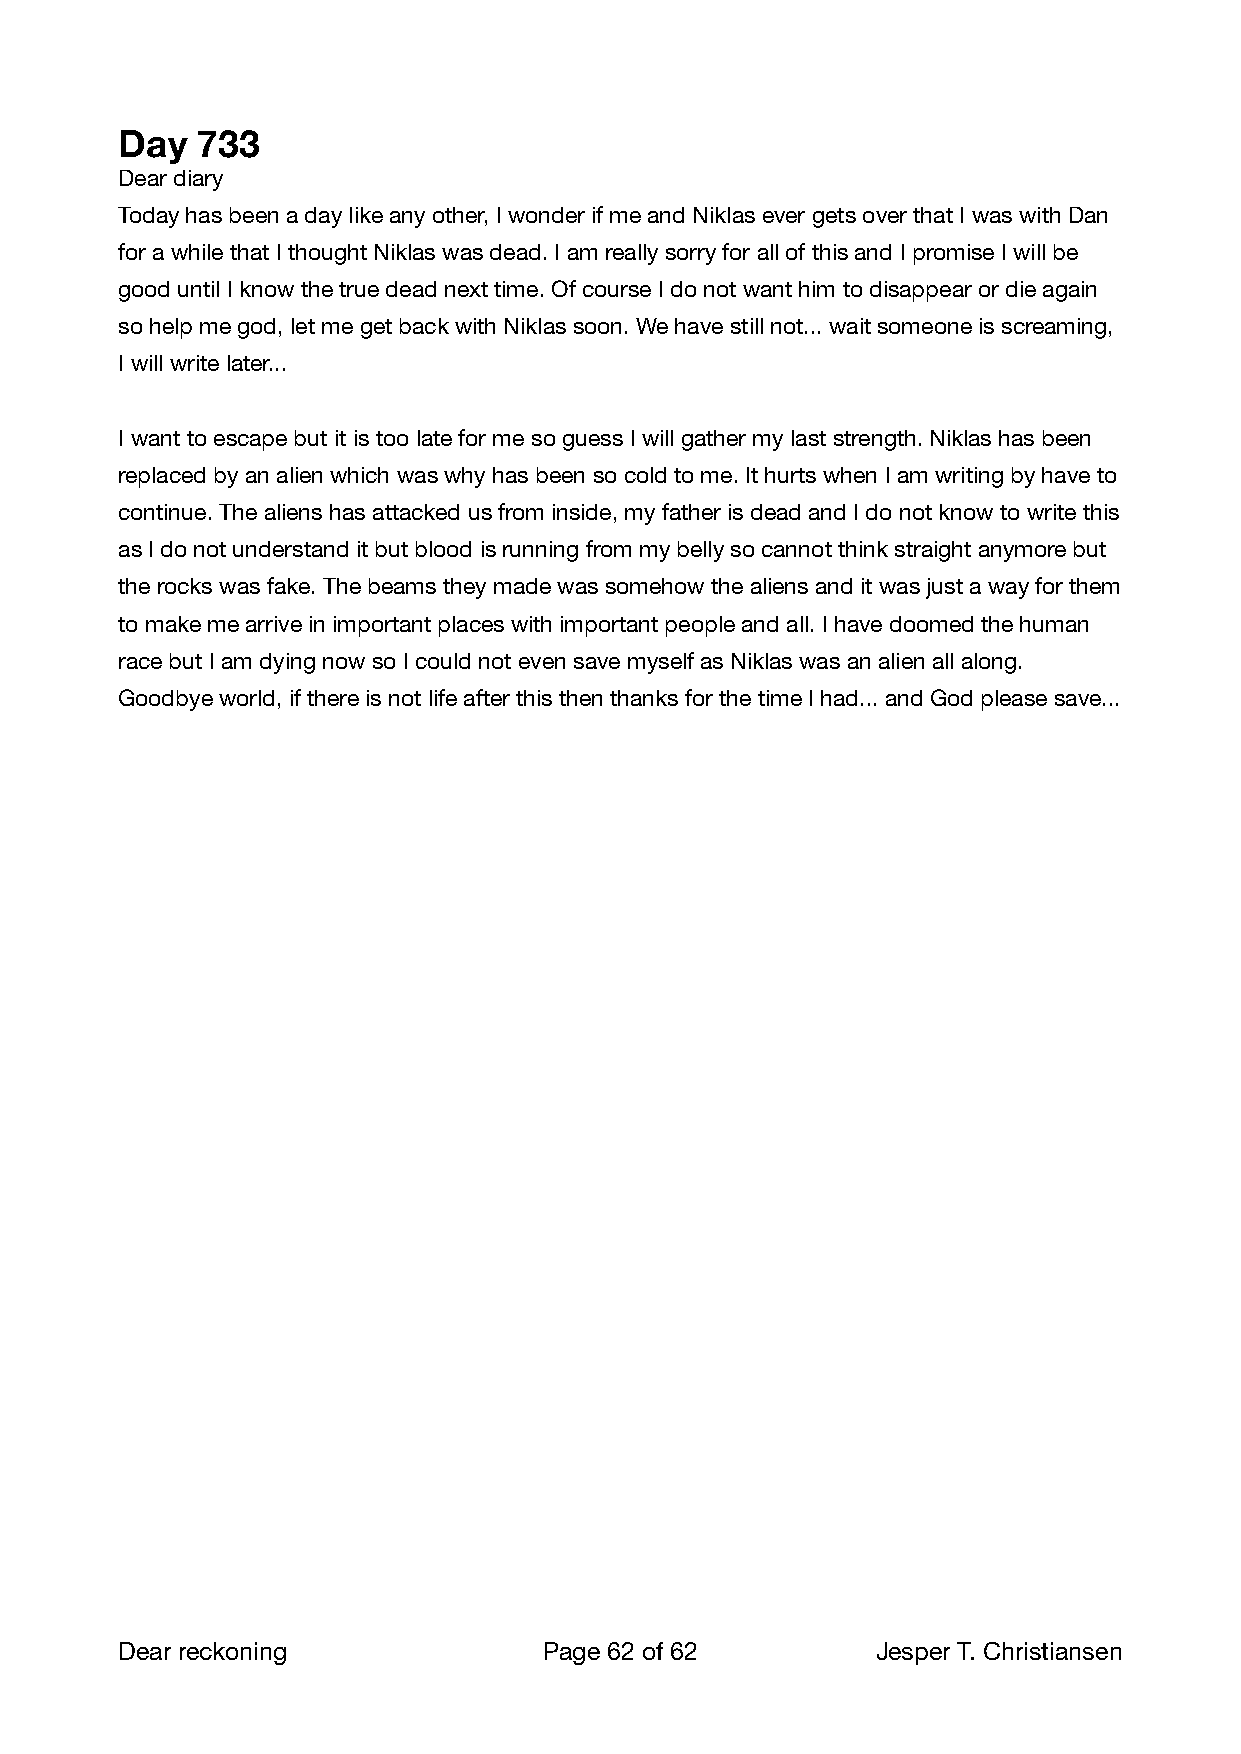
Day  733
 Dear diary
 Today has been a day like any other, I wonder if me and Niklas ever gets over that I was with Dan
 for a while that I thought Niklas was dead. I am really sorry for all of this and I promise I will be
 good until I know the true dead next time. Of course I do not want him to disappear or die again
 so help me god, let me get back with Niklas soon. We have still not... wait someone is screaming,
 I will write later...
 I want to escape but it is too late for me so guess I will gather my last strength. Niklas has been
 replaced by an alien which was why has been so cold to me. It hurts when I am writing by have to
 continue. The aliens has attacked us from inside, my father is dead and I do not know to write this
 as I do not understand it but blood is running from my belly so cannot think straight anymore but
 the rocks was fake. The beams they made was somehow the aliens and it was just a way for them
 to make me arrive in important places with important people and all. I have doomed the human
 race but I am dying now so I could not even save myself as Niklas was an alien all along.
 Goodbye world, if there is not life after this then thanks for the time I had... and God please save...
 Dear reckoning              Page 62 of 62        Jesper T. Christiansen